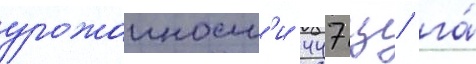
урожаиност'и 447 ц/ га́